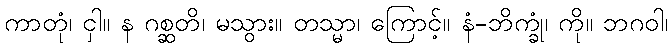
ကာတုံ၊ ငှါ။ န ဂစ္ဆတိ၊ မသွား။ တသ္မာ၊ ကြောင့်။ နံ-ဘိက္ခုံ၊ ကို။ ဘဂဝါ၊